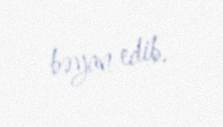
bəyan edib.